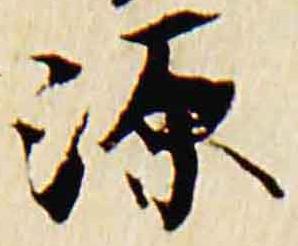
源